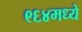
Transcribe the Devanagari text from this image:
९६४मध्ये